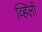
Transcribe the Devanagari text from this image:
व्हिली